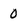
Character: 0